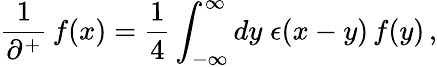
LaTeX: \frac{1}{\partial^{+}}\, f(x)=\frac{1}{4}\int_{-\infty}^{\infty}dy\; \epsilon(x-y)\, f(y)\, ,